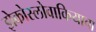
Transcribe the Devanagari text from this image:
झेकोस्लोवाकियाचा